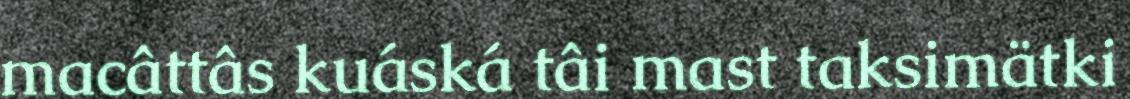
macâttâs kuáská tâi mast taksimätki